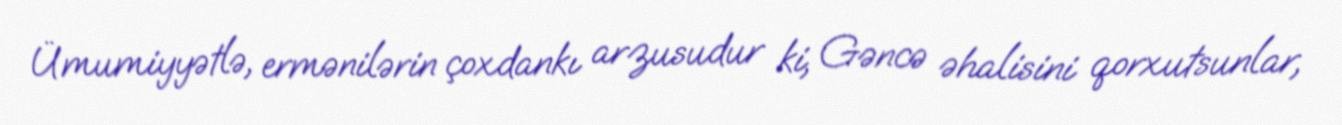
Ümumiyyətlə, ermənilərin çoxdankı arzusudur ki, Gəncə əhalisini qorxutsunlar,